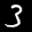
Label: 3